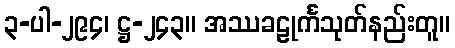
၃-ပါ-၂၉၄၊ ဋ္ဌ-၂၄၃။ အဿခဠုင်္ကသုတ်နည်းတူ။